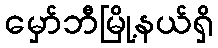
မှော်ဘီမြို့နယ်ရှိ